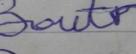
Signature authenticity: forged